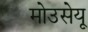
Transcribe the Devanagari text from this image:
मोउसेयू